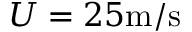
U = 2 5 \mathrm { m / s }